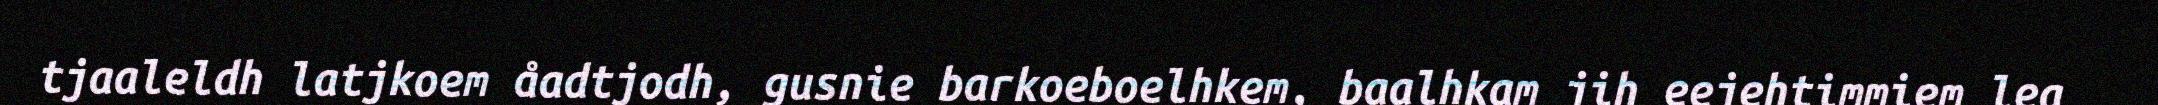
tjaaleldh latjkoem åadtjodh, gusnie barkoeboelhkem, baalhkam jih eejehtimmiem lea